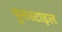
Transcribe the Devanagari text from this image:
पुनःस्टाइल